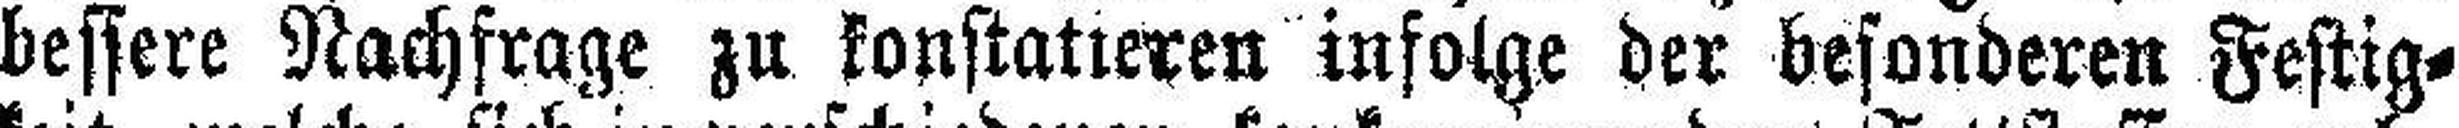
bessere Nachfrage zu konstatieren infolge der besonderen Festig¬